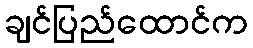
ချင်ပြည်ထောင်က